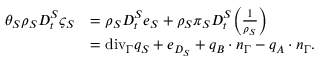
\begin{array} { r l } { \theta _ { S } \rho _ { S } D _ { t } ^ { S } \varsigma _ { S } } & { = \rho _ { S } D _ { t } ^ { S } e _ { S } + \rho _ { S } \pi _ { S } D _ { t } ^ { S } \bigg ( \frac { 1 } { \rho _ { S } } \bigg ) } \\ & { = \mathrm { { d i v } } _ { \Gamma } q _ { S } + e _ { D _ { S } } + q _ { B } \cdot n _ { \Gamma } - q _ { A } \cdot n _ { \Gamma } . } \end{array}